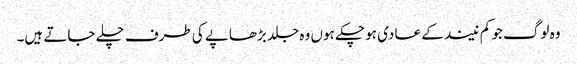
وہ لوگ جو کم نیند کے عادی ہو چکے ہوں وہ جلد بڑھاپے کی طرف چلے جاتے ہیں۔